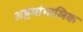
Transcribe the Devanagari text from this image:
अष्टमांगालिक